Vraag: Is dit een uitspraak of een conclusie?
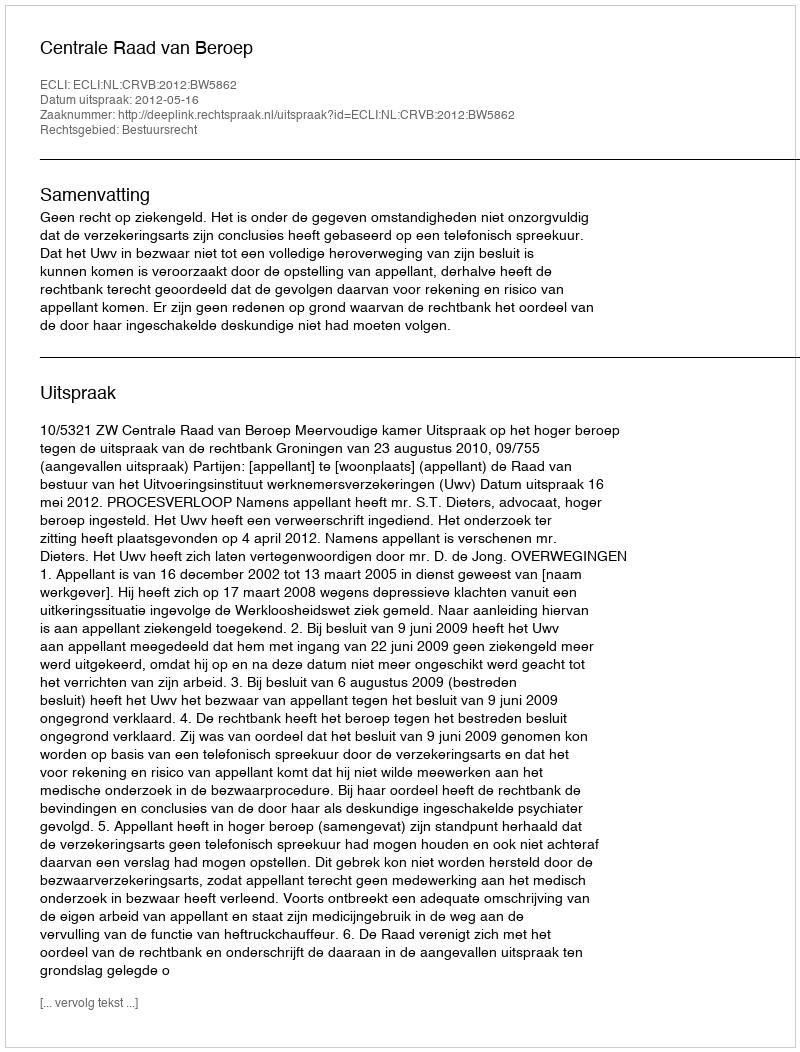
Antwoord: Uitspraak